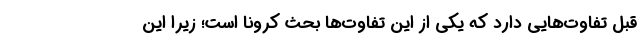
قبل تفاوت‌هایی دارد که یکی از این تفاوت‌ها بحث کرونا است؛ زیرا این